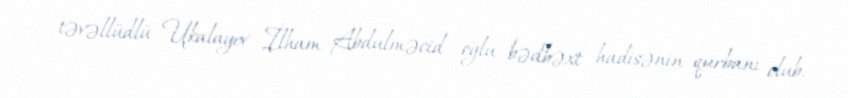
təvəllüdlü Ukalayev İlham Abdulməcid oğlu bədbəxt hadisənin qurbanı olub.